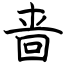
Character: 啬